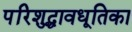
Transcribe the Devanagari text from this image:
परिशुद्धावधूतिका